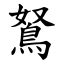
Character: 鴑